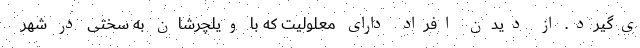
ی‌گیرد. از دیدن افراد دارای معلولیت که با ویلچرشان به سختی در شهر